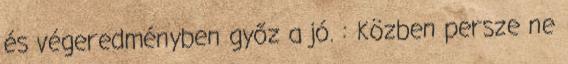
és végeredményben győz a jó. : Közben persze ne